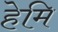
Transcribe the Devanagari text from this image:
हेमि